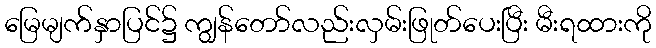
မြေမျက်နှာပြင်၌ ကျွန်တော်လည်းလှမ်းဖြုတ်ပေးပြီး မီးရထားကို